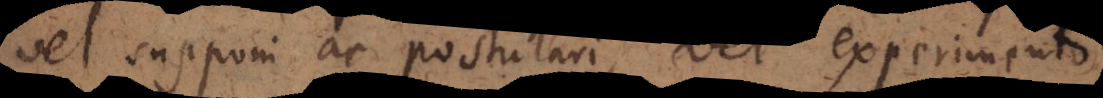
vel supponi ac postulari, vel experimento